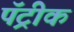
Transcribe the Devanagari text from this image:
पॅट्रीक